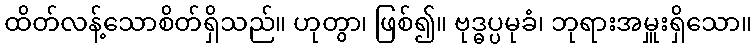
ထိတ်လန့်သောစိတ်ရှိသည်။ ဟုတွာ၊ ဖြစ်၍။ ဗုဒ္ဓပ္ပမုခံ၊ ဘုရားအမှူးရှိသော။